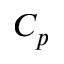
C _ { p }